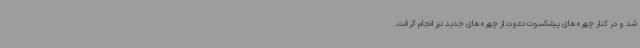
شد و در کنار چهره‌های پیشکسوت دعوت از چهره‌های جدید نیز انجام گرفت.